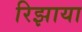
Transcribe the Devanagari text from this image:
रिझाया